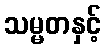
သမ္မတနှင့်